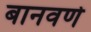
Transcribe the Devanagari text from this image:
बानवणे